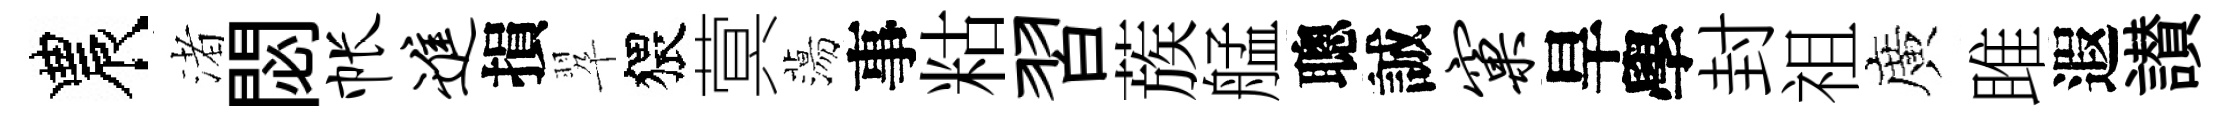
農渚閟帐进損翆猥蓂蕩事䊀習蔟艋聰誠窠旱學封祖廣雎遐讃